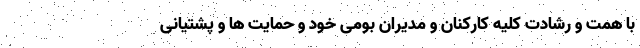
با همت و رشادت کلیه کارکنان‌ و مدیران بومی خود و حمایت ها و پشتیانی